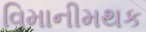
વિમાનીમથક